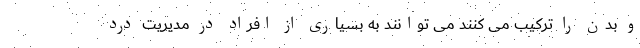
و بدن را ترکیب می کنند می توانند به بسیاری از افراد در مدیریت درد